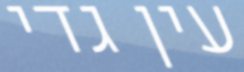
עין גדי